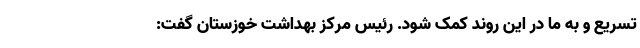
تسریع و به ما در این روند کمک شود. رئیس مرکز بهداشت خوزستان گفت: